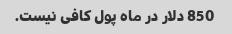
850 دلار در ماه پول کافی نیست.